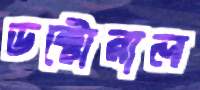
ডক্টোরাল